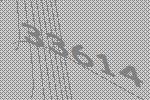
33614